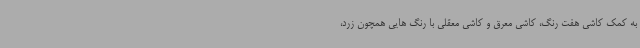
به کمک کاشی هفت رنگ، کاشی معرق و کاشی معقلی با رنگ هایی همچون زرد،